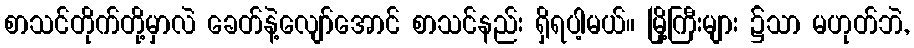
စာသင်တိုက်တို့မှာလဲ ခေတ်နဲ့လျော်အောင် စာသင်နည်း ရှိရပါ့မယ်။ မြို့ကြီးများ ၌သာ မဟုတ်ဘဲ,